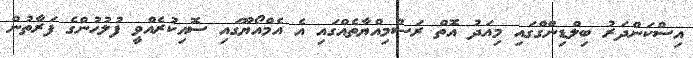
އިސްކަންދަރު ބިލްޑިންގްގައި މިއަދު އޮތް ރަސްމިއްޔާތެއްގައި އެ އެމްއޯޔޫގައި ސޮއިކުރެއްވީ ފުލުހުންގެ ފަރާތުން